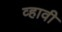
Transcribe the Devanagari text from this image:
व्‍हावी